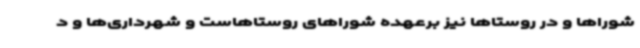
شوراها و در روستاها نیز برعهده شوراهای روستاهاست و شهرداری‌ها و د